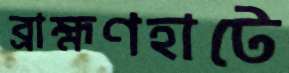
ব্রাহ্মণহাটে